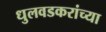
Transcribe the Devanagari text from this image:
धुलवडकरांच्या